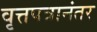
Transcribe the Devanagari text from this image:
वृत्तपत्रानंतर